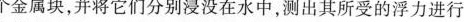
个金属块，并将它们分别浸没在水中，测出其所受的浮力进行